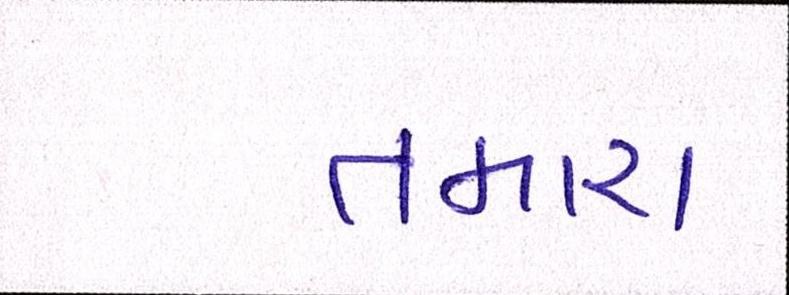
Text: તમારા